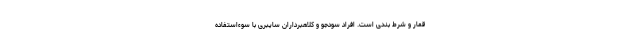
قمار و شرط بندی است. افراد سودجو و کلاهبرداران سایبری با سوء‌استفاده